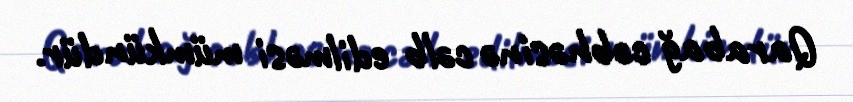
Qarabağ cəbhəsinə cəlb edilməsi mümkündür.